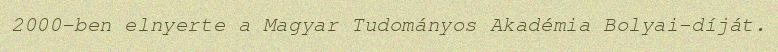
2000-ben elnyerte a Magyar Tudományos Akadémia Bolyai-díját.